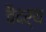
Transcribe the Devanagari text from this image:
वैदर्य